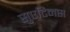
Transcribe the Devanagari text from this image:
सुएटिनस